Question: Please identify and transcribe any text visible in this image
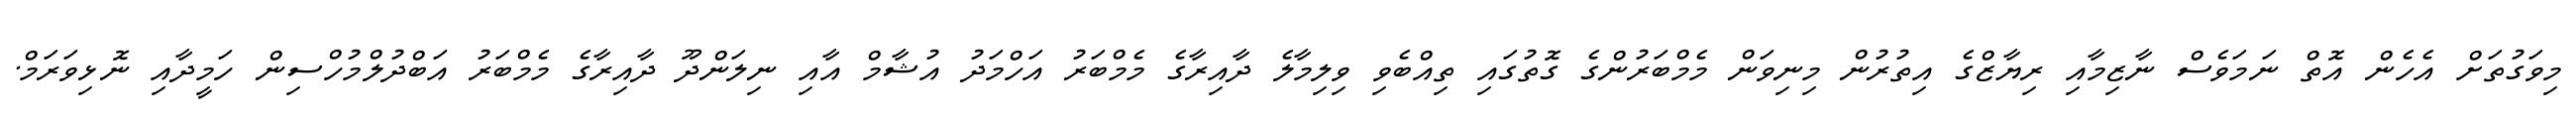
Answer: މިވަގުތަށް އެހެން އޮތް ނަމަވެސް ނާޒިމާއި ރިޔާޒްގެ އިތުރުން މިނިވަން މެމްބަރުންގެ ގޮތުގައި ތިއްބެވި ވިލިމާލެ ދާއިރާގެ މެމްބަރު އަހްމަދު އުޝާމް އާއި ނިލަންދޫ ދާއިރާގެ މެމްބަރު އަބްދުލްމުހްސިން ހަމީދާއި ނޮޅިވަރަމް.